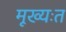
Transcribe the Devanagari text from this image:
मूख्यःत